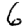
Digit: 6